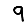
Digit: 9